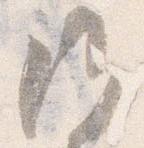
候